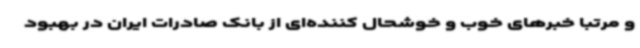
و مرتبا خبرهای خوب و خوشحال کننده‌ای از بانک صادرات ایران در بهبود